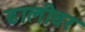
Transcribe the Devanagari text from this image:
ढालीवर